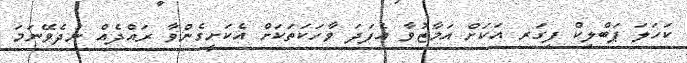
ކަހަލަ ޕަބްލިކް ފިގަރ އަކަށް އަމާޒުވާ އެފަދަ ވާހަކަތަކަށް އެކަށީގެންވާ ރައްދެއް ނުދެވޭނަމަ